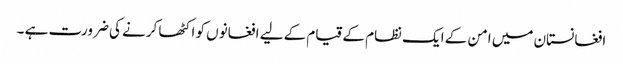
افغانستان میں امن کے ایک نظام کے قیام کے لیے افغانوں کو اکٹھا کرنے کی ضرورت ہے ۔